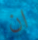
ان